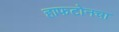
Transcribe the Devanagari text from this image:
हाफटोनचा